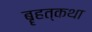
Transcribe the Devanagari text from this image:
बॄहत्कथा